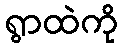
ရွာထဲကို